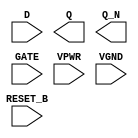
module sky130_fd_sc_hs__dlrbp (
    //# {{data|Data Signals}}
    input  D      ,
    output Q      ,
    output Q_N    ,

    //# {{control|Control Signals}}
    input  RESET_B,

    //# {{clocks|Clocking}}
    input  GATE   ,

    //# {{power|Power}}
    input  VPWR   ,
    input  VGND
);
endmodule